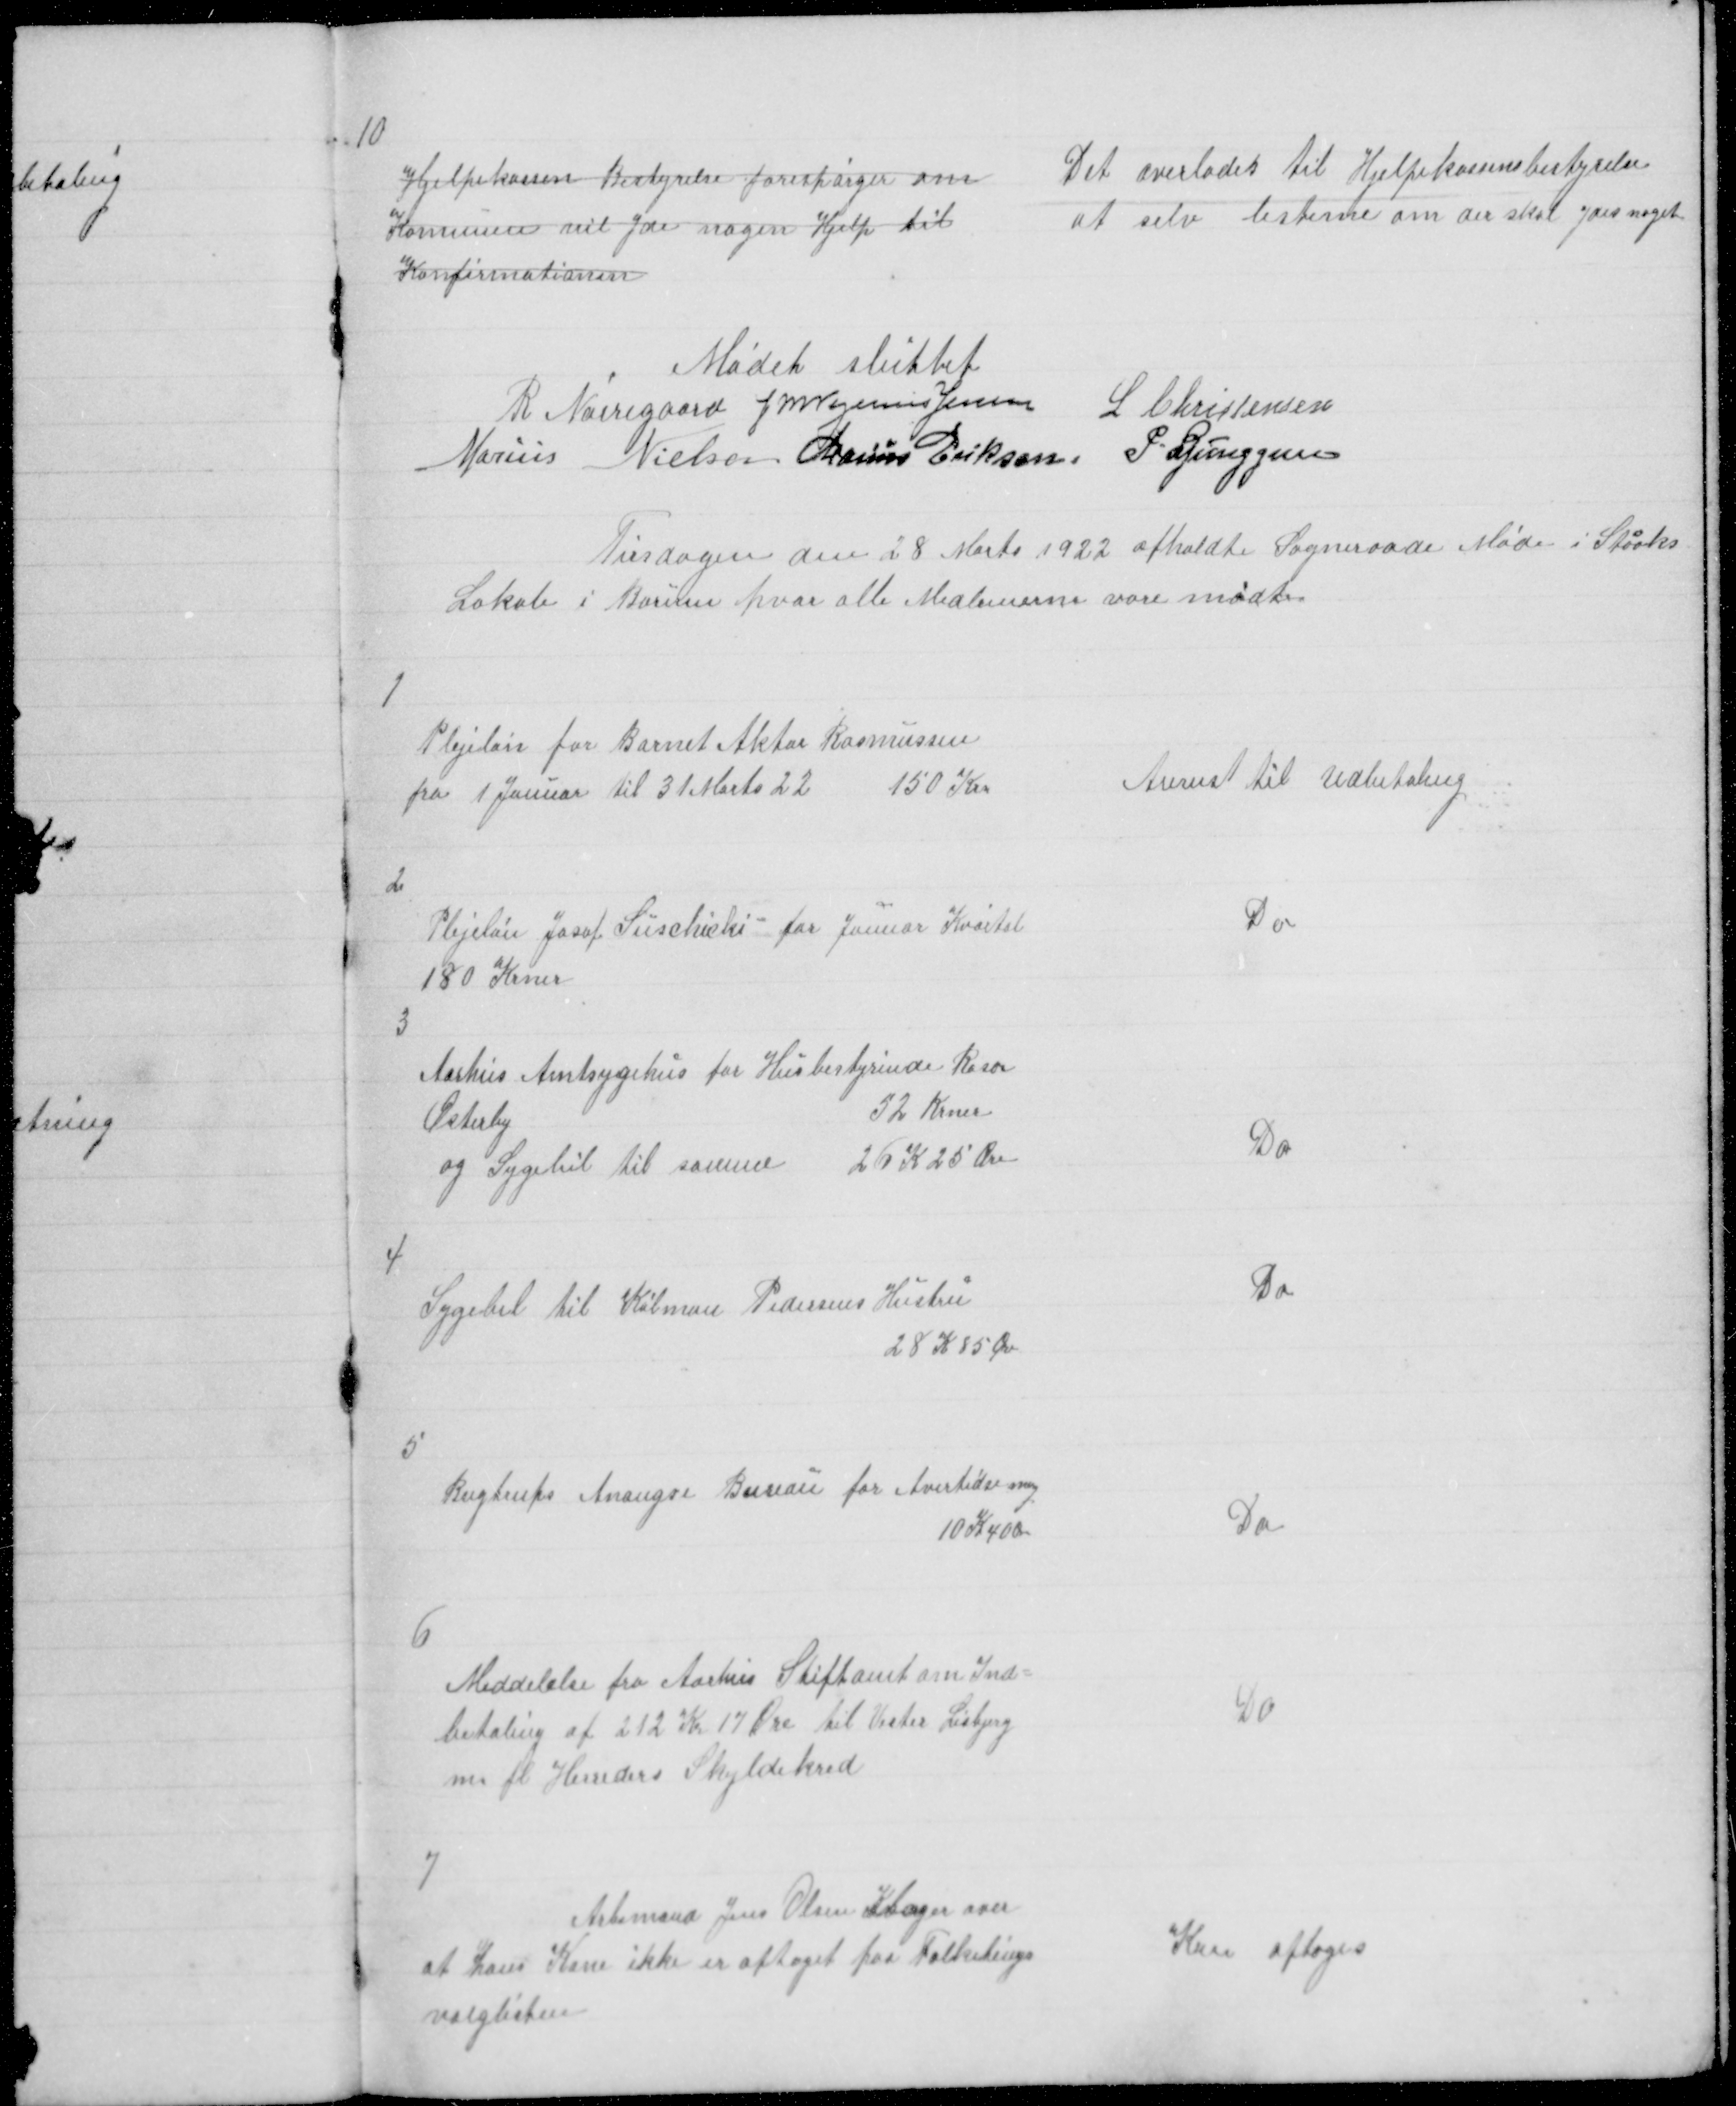
Transskription:
10

Hjelpekassen Bestyrelse forespørger om
Komunen vil yde nogen Hjelp til
Konfirmationen

Det overlades til Hjelpekassens bestyrelse
at selv besteme om der skal ydes noget

Mødet sluttet
R Nørregaard J M Vogelius Jensen
L Christensen
Marius Nielsen Marius Eriksen P Ljunggren

Tirsdagen den 28 Marts 1922 afholdte Sogneraade Møde i Stacks
Lokale i Borum hvor alle Medlemerne vare mødte

1

Plejeløn for Barnet Aktor Rasmussen
fra 1. Januar til 31 Marts 22
150 Kr

Anvist til Udbetaling

2

Plejeløn for Josof Suschicki for Januar Kvartal
180 Krner

Do

3

Aarhus Amtsygehus for Husbestyrinde Rose
Østerby
52 Krner
og Sygebil til samme
26 K 25 Øre

Do

4

Sygebil til Købman Pedersens Hustru
28 K 85 Øre

Do

5

Bugtrups Anongse Bureau for Avertidsemang
10 K 40 Ø

Do

6

Meddelelse fra Aarhus Stiftamt om Ind=
betaling af 212 Kr 17 Øre til Vester Lisbjerg
m fl Herreders Skyldekred

Do

7
Arbsmand Jens Olsen Klager over
at hans Kone ikke er optaget paa Folketings
valglisten

Kan optages